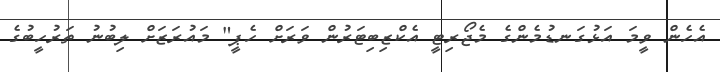
އެހެން ވީމަ އަޅުގަނޑުމެންގެ މެޖޯރިޓީ އެކްޒިބިޓަރުން ވަރަށް ހެޕީ" މައުރަޒަށް ލިބުނު ތަރުހީބުގެ